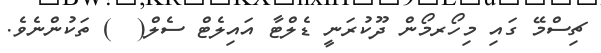
ޗިސްމޭ ގައި މިހޯރމޯން ދޫކުރަނީ ޑެލްޓާ އައިލެޓް ސެލް(  ) ތަކުންނެވެ.